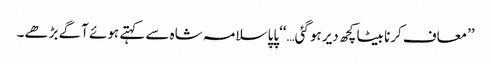
’’معاف کرنا بیٹا کچھ دیر ہوگئی…‘‘پاپا سلامہ شاہ سے کہتے ہوئے آگے بڑھے۔